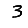
Digit: 3